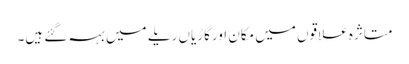
متاثرہ علاقوں میں مکان اورگاڑیاں ریلے میں بہہ گئے ہیں۔